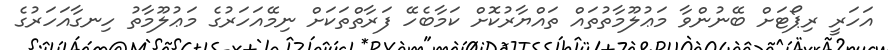
އަހަރީ ރިޕޯޓަށް ބޭނުންވާ މަޢުލޫމާތުތައް ތައްޔާރުކޮށް ކަމާބެހޭ ފަރާތްތަކަށް ނިމޭއަހަރުގެ މަޢުލޫމާތު ހިނގާއަހަރުގެ